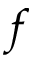
f